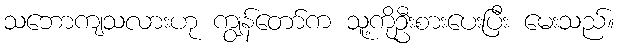
သဘောကျသလားဟု ကျွန်တော်က သူ့ကိုဦးစားပေးပြီး မေးသည်။